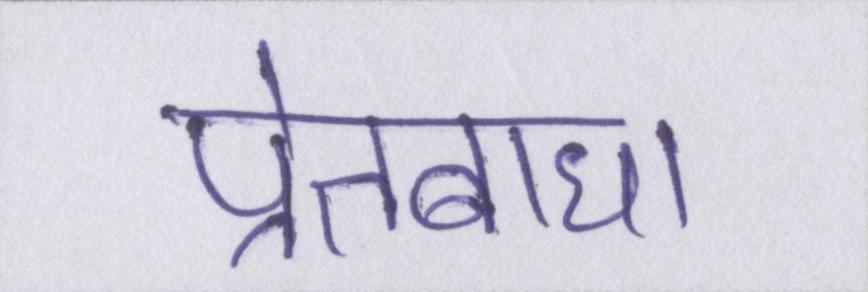
प्रेतबाधा